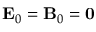
\mathbf { E } _ { 0 } = \mathbf { B } _ { 0 } = \mathbf { 0 }